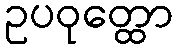
ဥပဝုတ္ထော